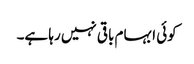
کوئی ابہام باقی نہیں رہا ہے۔